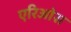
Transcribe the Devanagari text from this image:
एरिओस